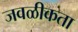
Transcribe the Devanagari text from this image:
जवळीकता